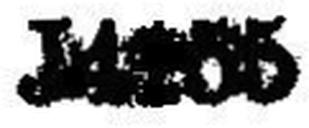
J4155